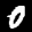
Label: 0